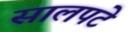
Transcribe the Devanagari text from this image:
सालपटे